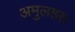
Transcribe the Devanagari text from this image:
अमुलहस